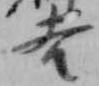
吉